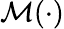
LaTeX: \mathcal{M}(\cdot)